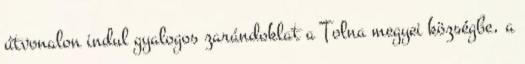
útvonalon indul gyalogos zarándoklat a Tolna megyei községbe, a